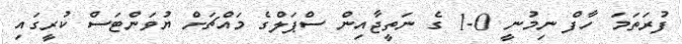
ފުރަތަމަ ހާފް ނިމުނީ 0-1 ގެ ނަތީޖާއިން ސްޕަލްގެ މައްޗަށް ޔުވަންޓަސް ކުރީގައި